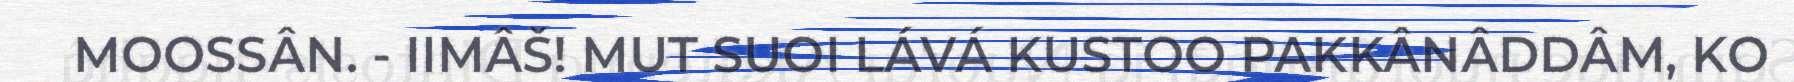
MOOSSÂN. - IIMÂŠ! MUT SUOI LÁVÁ KUSTOO PAKKÂNÂDDÂM, KO